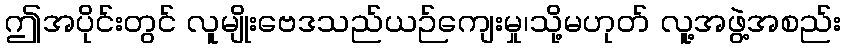
ဤအပိုင်းတွင် လူမျိုးဗေဒသည်ယဉ်ကျေးမှု၊သို့မဟုတ် လူ့အဖွဲ့အစည်း